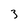
Character: 3